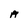
Character: A